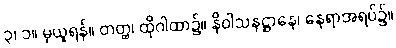
၃၊ ၁။ မှယူရန်။ တတ္ထ၊ ထိုဂါထာ၌။ နိဝါသနဋ္ဌာနေ၊ နေရာအရပ်၌။